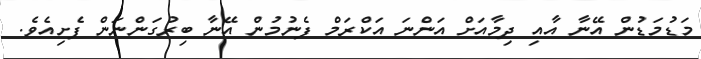
މަޑުމަޑުން އޭނާ އާއި ދިމާއަށް އަންނަ އަކްރަމް ފެނުމުން އޭނާ ބިރުގަންނަން ފެށިއެވެ.